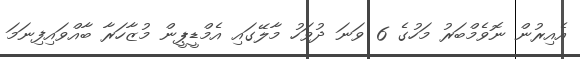
އެއިރުން ނޮވެމްބަރު މަހުގެ 6 ވަނަ ދުވަހު މާލޭގައި އެމްޑީޕީން މުޒާހަރާ ބާއްވައިފިނަމަ